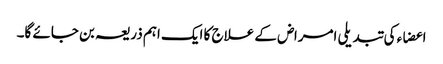
اعضاء کی تبدیلی امراض کے علاج کا ایک اہم ذریعہ بن جائے گا۔